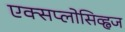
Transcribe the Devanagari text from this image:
एक्सप्लोसिव्ह्वज